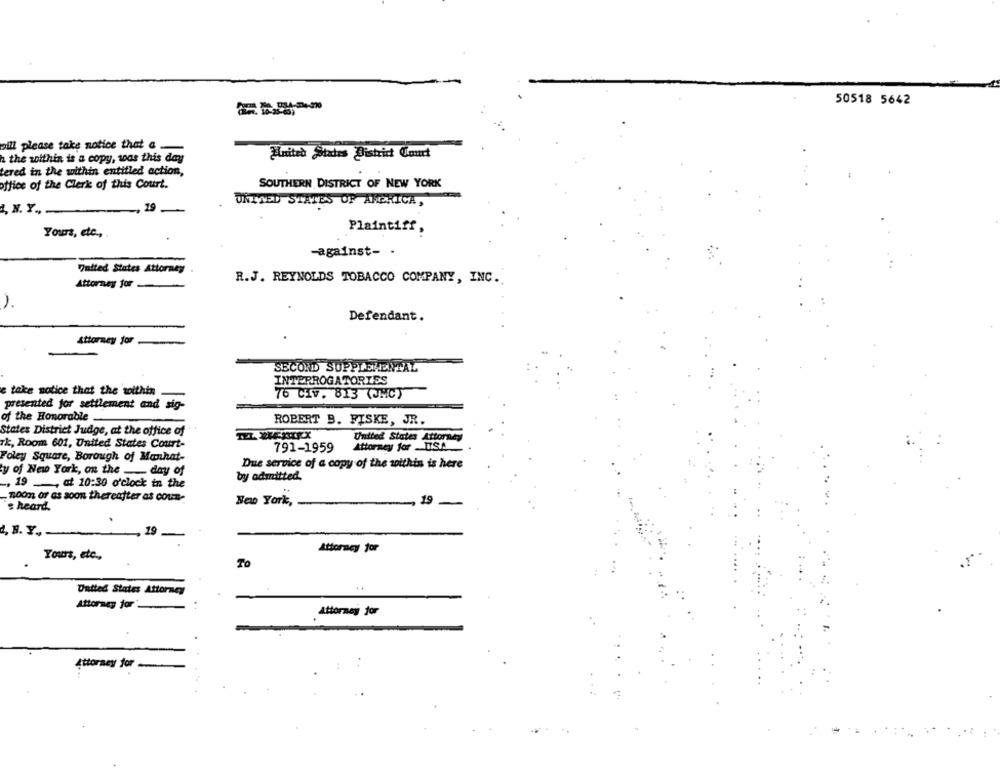
50518 5642
oill please take notice that a.
Suited States District Court
h the within is a copy, was this day
tered in the within entitled action,
office of the Clerk of this Court.
SOUTHERN DISTRICT OF NEW YORK
UNITED STATES OF AMERICA,
19
, N.Y,
Plaintiff,
Yours, etc .,
-against- .
Tatted States Attorney
Attorney for
R.J. REYNOLDS TOBACCO COMPANY, INC.
Defendant.
Attorney Jor
SECOND SUPPLEMENTAL
INTERROGATORIES
e take notice that the within
76 CIV. 813 (UMC)
presented for settlement and sig-
of the Honorable
ROBERT B. FISKE, JR.
States District Judge, at the office of
United States Attorney
Tk, Room 601, United States Court-
791-1959
Attorney for US.A
Foley Square, Borough of Manhat-
Due service of a copy of the within is here
ty of New York, on the day of
by admitted.
, 19 -, at 10:30 o'clock in the
noon or as soon thereafter as coun-
New York,
-19 -
's heard.
a, H. Y .,
19
-
Attorney for
Yours, etc .,
To
..
United States Attorney
Attorney for
Attorney for
Attorney for